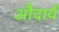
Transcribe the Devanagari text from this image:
औदार्यं